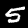
Label: 5